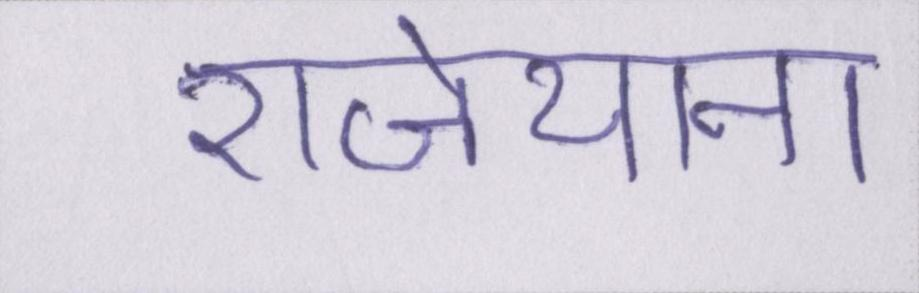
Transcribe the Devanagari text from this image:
राजेयाना